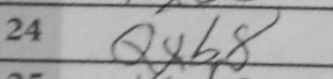
Transcription: Qxb8